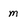
Character: m